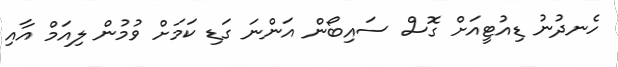
ހެނދުނު ޑިއުޓީއަށް ގޮސް ސައިބޯން އަންނަ ގަޑި ކަމަށް ވުމުން ލިއަމް އާއި